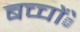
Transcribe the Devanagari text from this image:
बच्चोंे